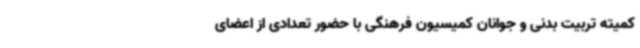
کمیته تربیت بدنی و جوانان کمیسیون فرهنگی با حضور تعدادی از اعضای